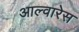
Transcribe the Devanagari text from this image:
आल्वारेस